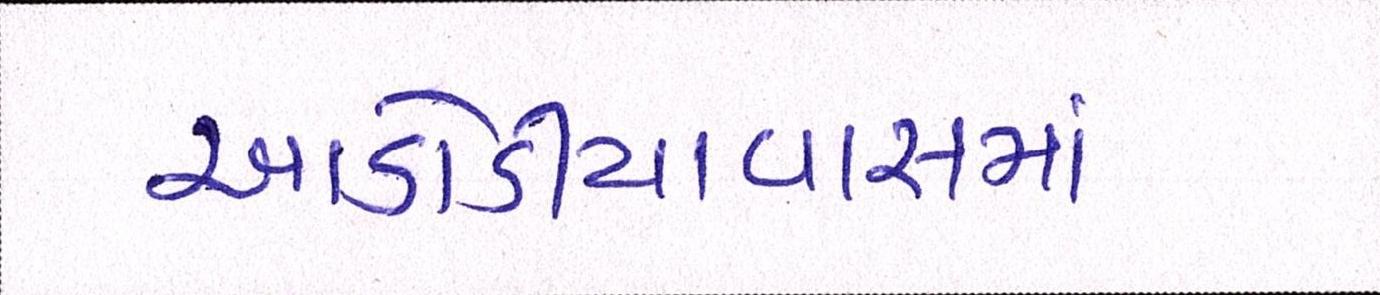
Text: આડોડીયાવાસમાં